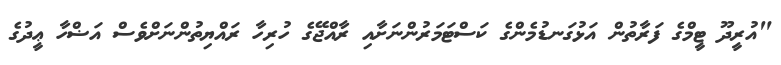
"އުރީދޫ ޓީމްގެ ފަރާތުން އަޅުގަނޑުމެންގެ ކަސްޓަމަރުންނަށާއި ރާއްޖޭގެ ހުރިހާ ރައްޔިތުންނަށްވެސް އަޟްހާ ޢީދުގެ